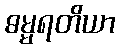
ဓမ္မရတိယာ